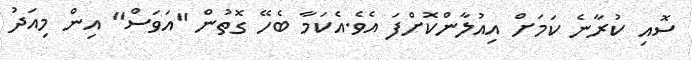
ސޮއި ކުރާނެ ކަމަށް އިއުލާންކޮށްފަ އެވެ.އެކަމާ ބެހޭ ގޮތުން "އަވަސް" އިން މިއަދު